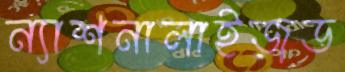
ন্যাশনালাইজড